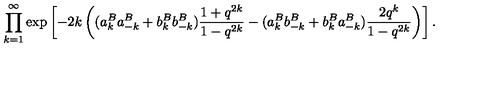
\prod _ { k = 1 } ^ { \infty } \exp \left[ - 2 k \left( ( a _ { k } ^ { B } a _ { - k } ^ { B } + b _ { k } ^ { B } b _ { - k } ^ { B } ) \frac { 1 + q ^ { 2 k } } { 1 - q ^ { 2 k } } - ( a _ { k } ^ { B } b _ { - k } ^ { B } + b _ { k } ^ { B } a _ { - k } ^ { B } ) \frac { 2 q ^ { k } } { 1 - q ^ { 2 k } } \right) \right] .